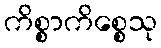
ကိစ္စာကိစ္စေသု